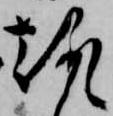
趣